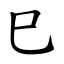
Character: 巳